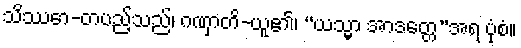
သိဿော-တပည့်သည်၊ ဂဏှာတိ-ယူ၏၊ “ယသ္မာ အာဒတ္တေ”အရ ပုံစံ။